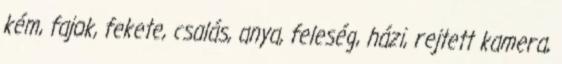
kém, fajok, fekete, csalás, anya, feleség, házi, rejtett kamera,